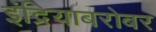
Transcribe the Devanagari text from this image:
इंद्रियाबरोबर